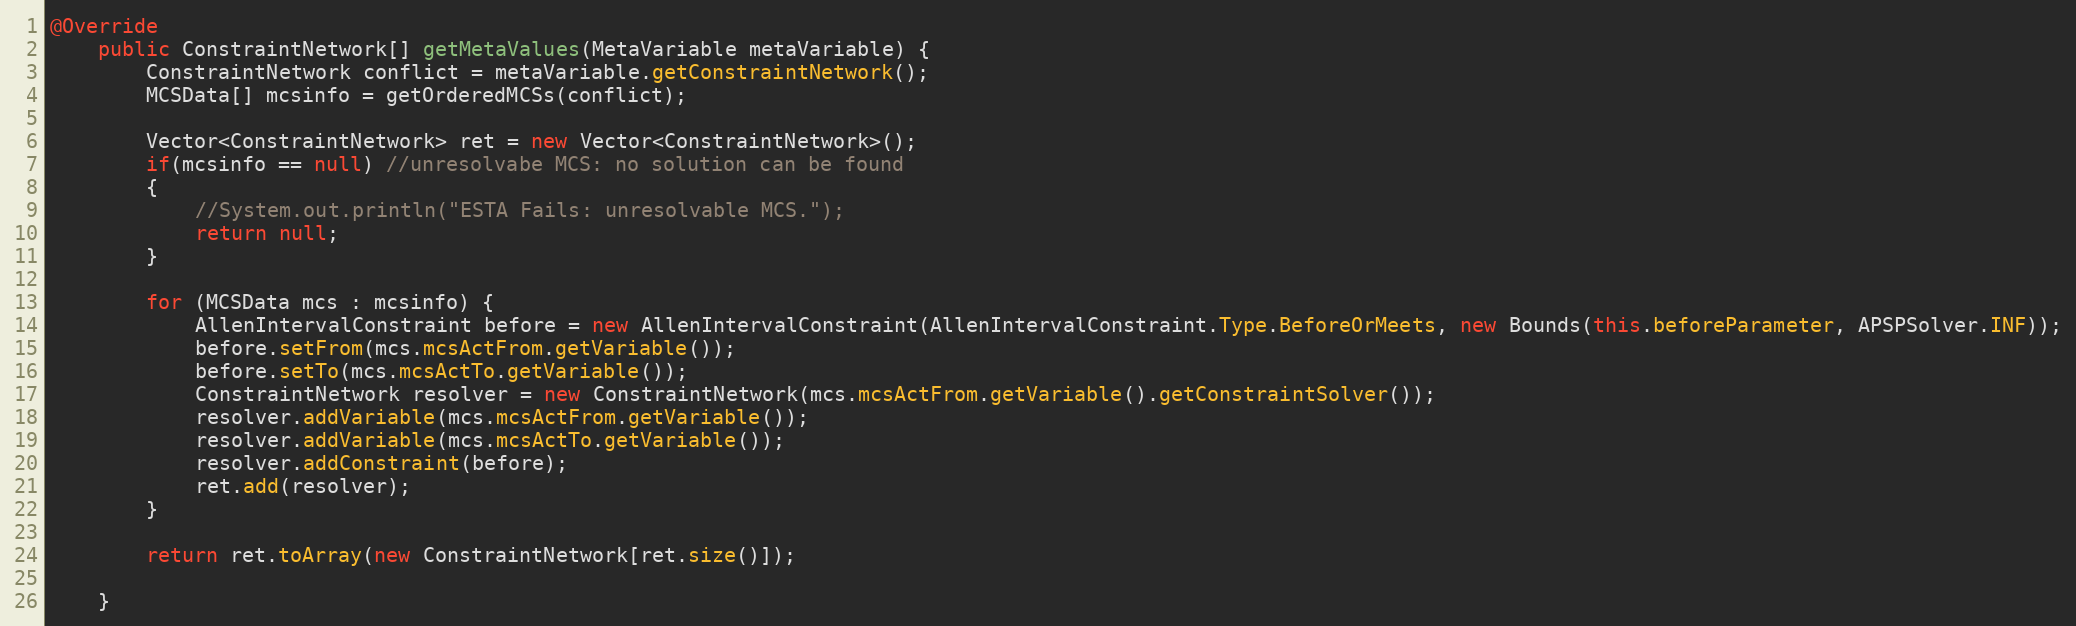
Language: Java
@Override
	public ConstraintNetwork[] getMetaValues(MetaVariable metaVariable) {
		ConstraintNetwork conflict = metaVariable.getConstraintNetwork();
		MCSData[] mcsinfo = getOrderedMCSs(conflict);

		Vector<ConstraintNetwork> ret = new Vector<ConstraintNetwork>();
		if(mcsinfo == null) //unresolvabe MCS: no solution can be found
		{
			//System.out.println("ESTA Fails: unresolvable MCS.");
			return null;
		}

		for (MCSData mcs : mcsinfo) {
			AllenIntervalConstraint before = new AllenIntervalConstraint(AllenIntervalConstraint.Type.BeforeOrMeets, new Bounds(this.beforeParameter, APSPSolver.INF));
			before.setFrom(mcs.mcsActFrom.getVariable());
			before.setTo(mcs.mcsActTo.getVariable());
			ConstraintNetwork resolver = new ConstraintNetwork(mcs.mcsActFrom.getVariable().getConstraintSolver());
			resolver.addVariable(mcs.mcsActFrom.getVariable());
			resolver.addVariable(mcs.mcsActTo.getVariable());
			resolver.addConstraint(before);
			ret.add(resolver);
		}

		return ret.toArray(new ConstraintNetwork[ret.size()]);

	}